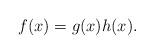
LaTeX: \begin{align*}f(x)=g(x)h(x).\end{align*}